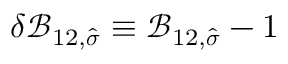
\delta \mathcal { B } _ { 1 2 , \widehat { \boldsymbol { \sigma } } } \equiv \mathcal { B } _ { 1 2 , \widehat { \boldsymbol { \sigma } } } - 1